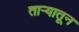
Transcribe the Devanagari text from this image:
ताऱ्यातून